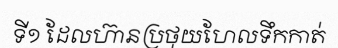
ទី១ ដែលហ៊ានប្រថុយហែលទឹកកាត់